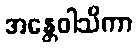
အန္တေဝါသိကာ